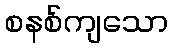
စနစ်ကျသော